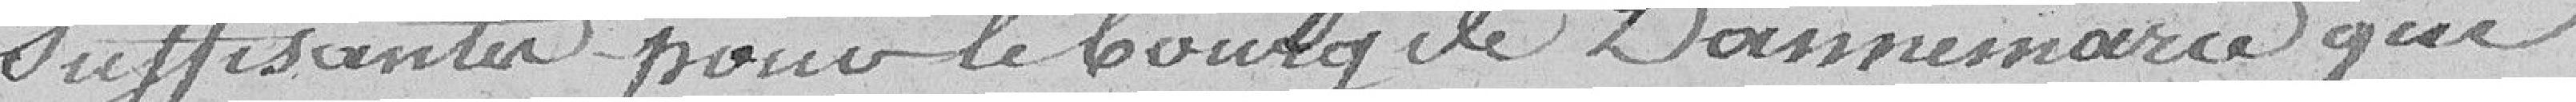
suffisantes pour le bourg de Dannemarie qui